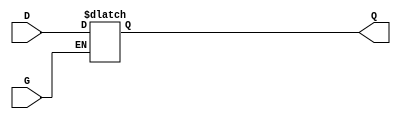
module level_sensitive_gated_latch (
    input wire D,      // Data Input
    input wire G,      // Gate Control
    output reg Q       // Data Output
);

    always @(*) begin
        if (G) begin
            Q <= D;    // When G is active, Q follows D
        end
        // When G is inactive, Q retains its previous value
    end

endmodule